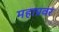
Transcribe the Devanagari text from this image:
महाप्रवर